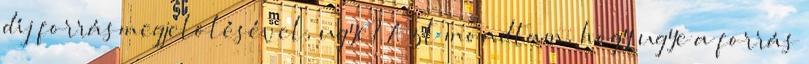
díj forrásmegjelölésével, ugye? Azt mondtam, hogy ugye a forrás